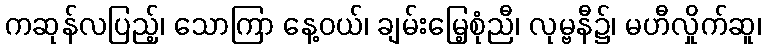
ကဆုန်လပြည့်၊ သောကြာ နေ့ဝယ်၊ ချမ်းမြေ့စုံညီ၊ လုမ္ဗနီ၌၊ မဟီလှိုက်ဆူ၊